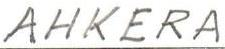
AHKERA